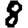
Digit: 8